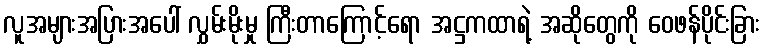
လူအများအပြားအပေါ် လွှမ်းမိုးမှု ကြီးတာကြောင့်ရော အဋ္ဌကထာရဲ့ အဆိုတွေကို ဝေဖန်ပိုင်းခြား